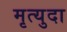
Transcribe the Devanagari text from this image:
मृत्युदा